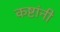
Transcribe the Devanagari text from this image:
कष्टांनी